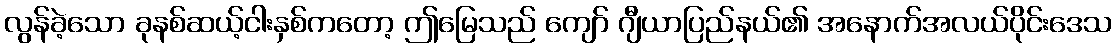
လွန်ခဲ့သော ခုနစ်ဆယ့်ငါးနှစ်ကတော့ ဤမြေသည် ကျော် ဂျီယာပြည်နယ်၏ အနောက်အလယ်ပိုင်းဒေသ